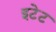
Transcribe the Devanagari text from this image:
इटेट